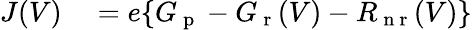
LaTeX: \begin{array}{rl}{J(V)}&{{}=e\{ G_{\mathrm{~p~}}-G_{\mathrm{~r~}}(V)-R_{\mathrm{~n~r~}}(V)\} }\end{array}